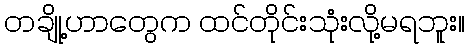
တချို့ဟာတွေက ထင်တိုင်းသုံးလို့မရဘူး။